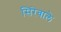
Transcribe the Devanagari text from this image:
सिरेवाले